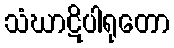
သံဃာဋိပါရုတော